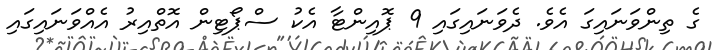
ގެ ތިންވަނައިގަ އެވެ. ދެވަނައިގައި 9 ޕޮއިންޓާ އެކު ސްޕޯޓިން އޮތްއިރު އެއްވަނައިގައި